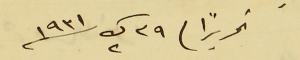
تحريراً / ٢٩ ك٢ سنة ١٩٣١